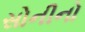
સોનીનો